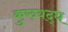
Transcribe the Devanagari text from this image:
कुरुयद्ध